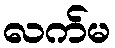
လက်မ